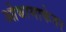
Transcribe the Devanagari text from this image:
ओबामाकेयर